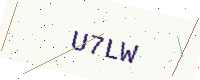
Text: U7LW